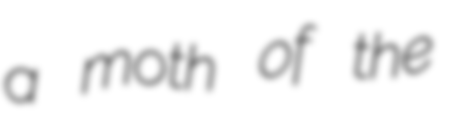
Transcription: a moth of the